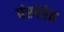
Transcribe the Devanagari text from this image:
पंरपंरेत